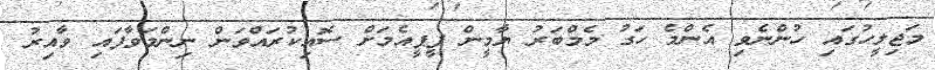
މަޖިލީހުގައި ހުންނެވި އެންމެ ހަގު މެމްބަރު ޔާމީން ޕީޕީއެމަށް ސޮއިކުރައްވަން ނިންމަވާފައި ވާއިރު